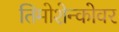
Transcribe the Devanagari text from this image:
तिमोशेन्कोवर